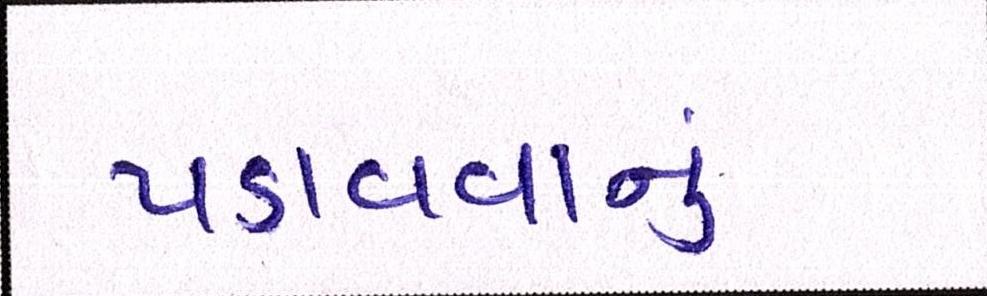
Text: પડાવવાનું